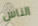
الناس